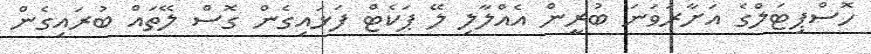
ހޮސްޕިޓަލްގެ އަށާރަވަނަ ބުރީން އެއްލާލި ލޭ ޕަކެޓް ފަޅައިގެން ގޮސް ލޭތައް ބުރައިގެން